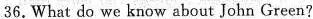
36.What do we know about John Green?